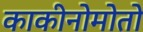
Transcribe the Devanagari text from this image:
काकीनोमोतो